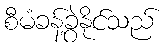
စီမံခန့်ခွဲနိုင်သည်